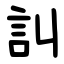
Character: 訆